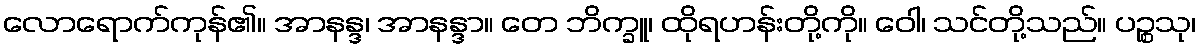
လောရောက်ကုန်၏။ အာနန္ဒ၊ အာနန္ဒာ။ တေ ဘိက္ခူ၊ ထိုရဟန်းတို့ကို။ ဝေါ၊ သင်တို့သည်။ ပဉ္စသု၊